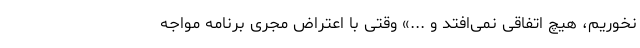
نخوریم، هیچ اتفاقی نمی‌افتد و ...» وقتی با اعتراض مجری برنامه مواجه